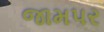
જામપર